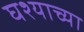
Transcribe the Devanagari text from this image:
घश्याच्या